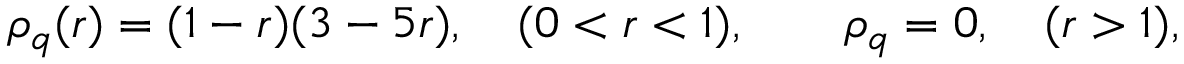
\begin{array} { r } { \rho _ { q } ( r ) = ( 1 - r ) ( 3 - 5 r ) , \quad ( 0 < r < 1 ) , \qquad \rho _ { q } = 0 , \quad ( r > 1 ) , } \end{array}